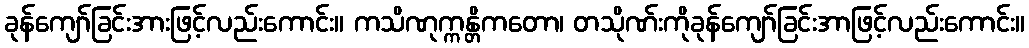
ခုန်ကျော်ခြင်းအားဖြင့်လည်းကောင်း။ ကသိဏုက္ကန္တိကတော၊ တသိုဏ်းကိုခုန်ကျော်ခြင်းအာဖြင့်လည်းကောင်း။